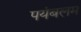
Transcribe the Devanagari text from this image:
पयंबलम